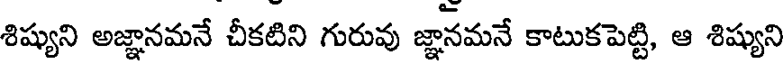
శిష్యుని అజ్ఞానమనే చీకటిని గురువు జ్ఞానమనే కాటుకపెట్టి, ఆ శిష్యుని